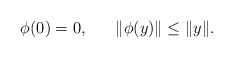
\begin{align*}~~~~~\phi(0)=0, ~~~~~ \|\phi(y)\|\le \|y\|.~~~~~~~~~~~~~~~~~~~~~~~~~~~~\end{align*}